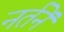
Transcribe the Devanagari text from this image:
नर्तनें